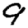
Digit: 9